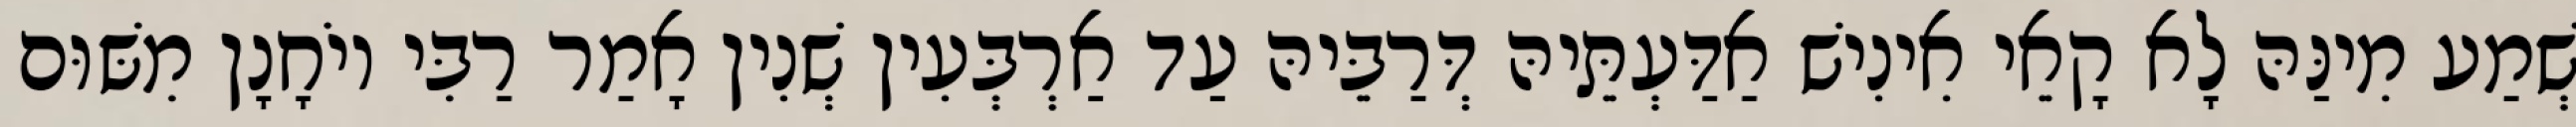
שְׁמַע מִינַּהּ לָא קָאֵי אִינִישׁ אַדַּעְתֵּיהּ דְּרַבֵּיהּ עַד אַרְבְּעִין שְׁנִין אָמַר רַבִּי יוֹחָנָן מִשּׁוּם